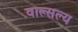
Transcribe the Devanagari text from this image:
वाल्सल्य